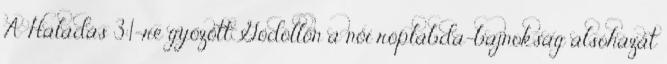
A Haladás 3:1-re győzött Gödöllőn a női röplabda-bajnokság alsóházát